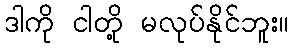
ဒါကို ငါတို့ မလုပ်နိုင်ဘူး။